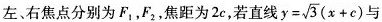
左、右焦点分别为F_{1}，F_{2}，焦距为2c，若直线 $$y = \sqrt { 3 } ( x + c )$$ 与